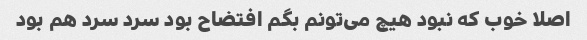
اصلا خوب که نبود هیچ می‌تونم بگم افتضاح بود سرد سرد هم بود